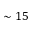
\sim 1 5